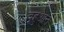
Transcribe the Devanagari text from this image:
वूहुआन